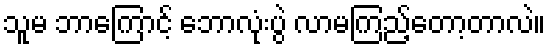
သူမ ဘာကြောင့် ဘောလုံးပွဲ လာမကြည့်တော့တာလဲ။